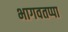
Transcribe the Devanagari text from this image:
भागवतप्पा